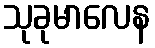
သုခုမာလေန